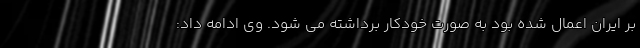
بر ایران اعمال شده بود به صورت خودکار برداشته می شود. وی ادامه داد: